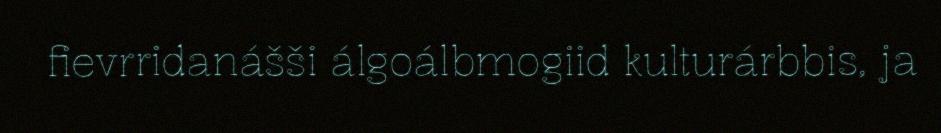
fievrridanášši álgoálbmogiid kulturárbbis, ja